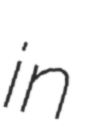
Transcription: in